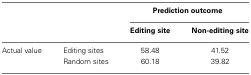
| <COLSPAN=2>  | <COLSPAN=2> Prediction outcome |
 | <COLSPAN=2>  | Editing site | Non-editing site |
 | --- | --- | --- | --- |
 | Actual value | Editing sites | 58.48 | 41.52 |
 |  | Random sites | 60.18 | 39.82 |